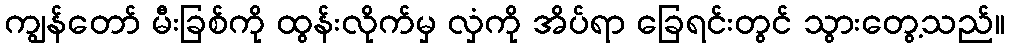
ကျွန်တော် မီးခြစ်ကို ထွန်းလိုက်မှ လှံကို အိပ်ရာ ခြေရင်းတွင် သွားတွေ့သည်။